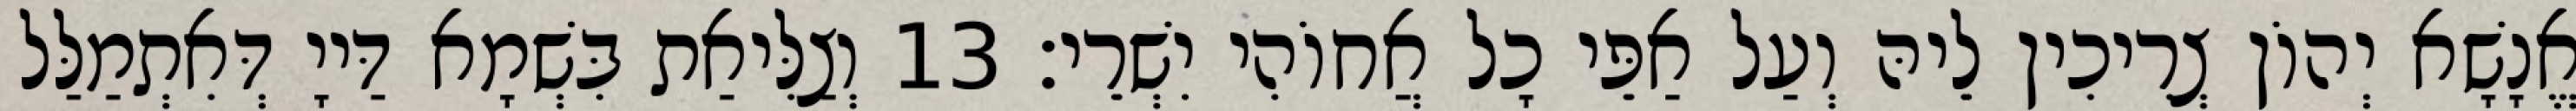
אֱנָשָׁא יְהוֹן צְרִיכִין לֵיהּ וְעַל אַפֵּי כָל אֲחוֹהִי יִשְׁרֵי׃ 13 וְצַלִּיאַת בִּשְׁמָא דַּייָ דְּאִתְמַלַּל